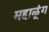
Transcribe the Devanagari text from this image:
महाळूंग